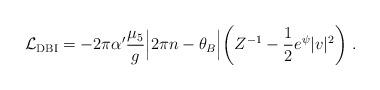
LaTeX: \begin{align*}{\cal L}_{\rm DBI} = - 2\pi \alpha' \frac{\mu_5}{g} \Bigl| 2\pi n - \theta_B\Bigr| \biggl( Z^{-1} -\frac{1}{2} e^{\psi} |v|^2 \biggr)\ .\end{align*}